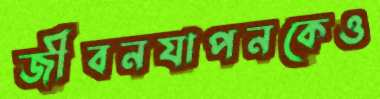
জীবনযাপনকেও